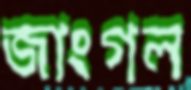
জাংগল